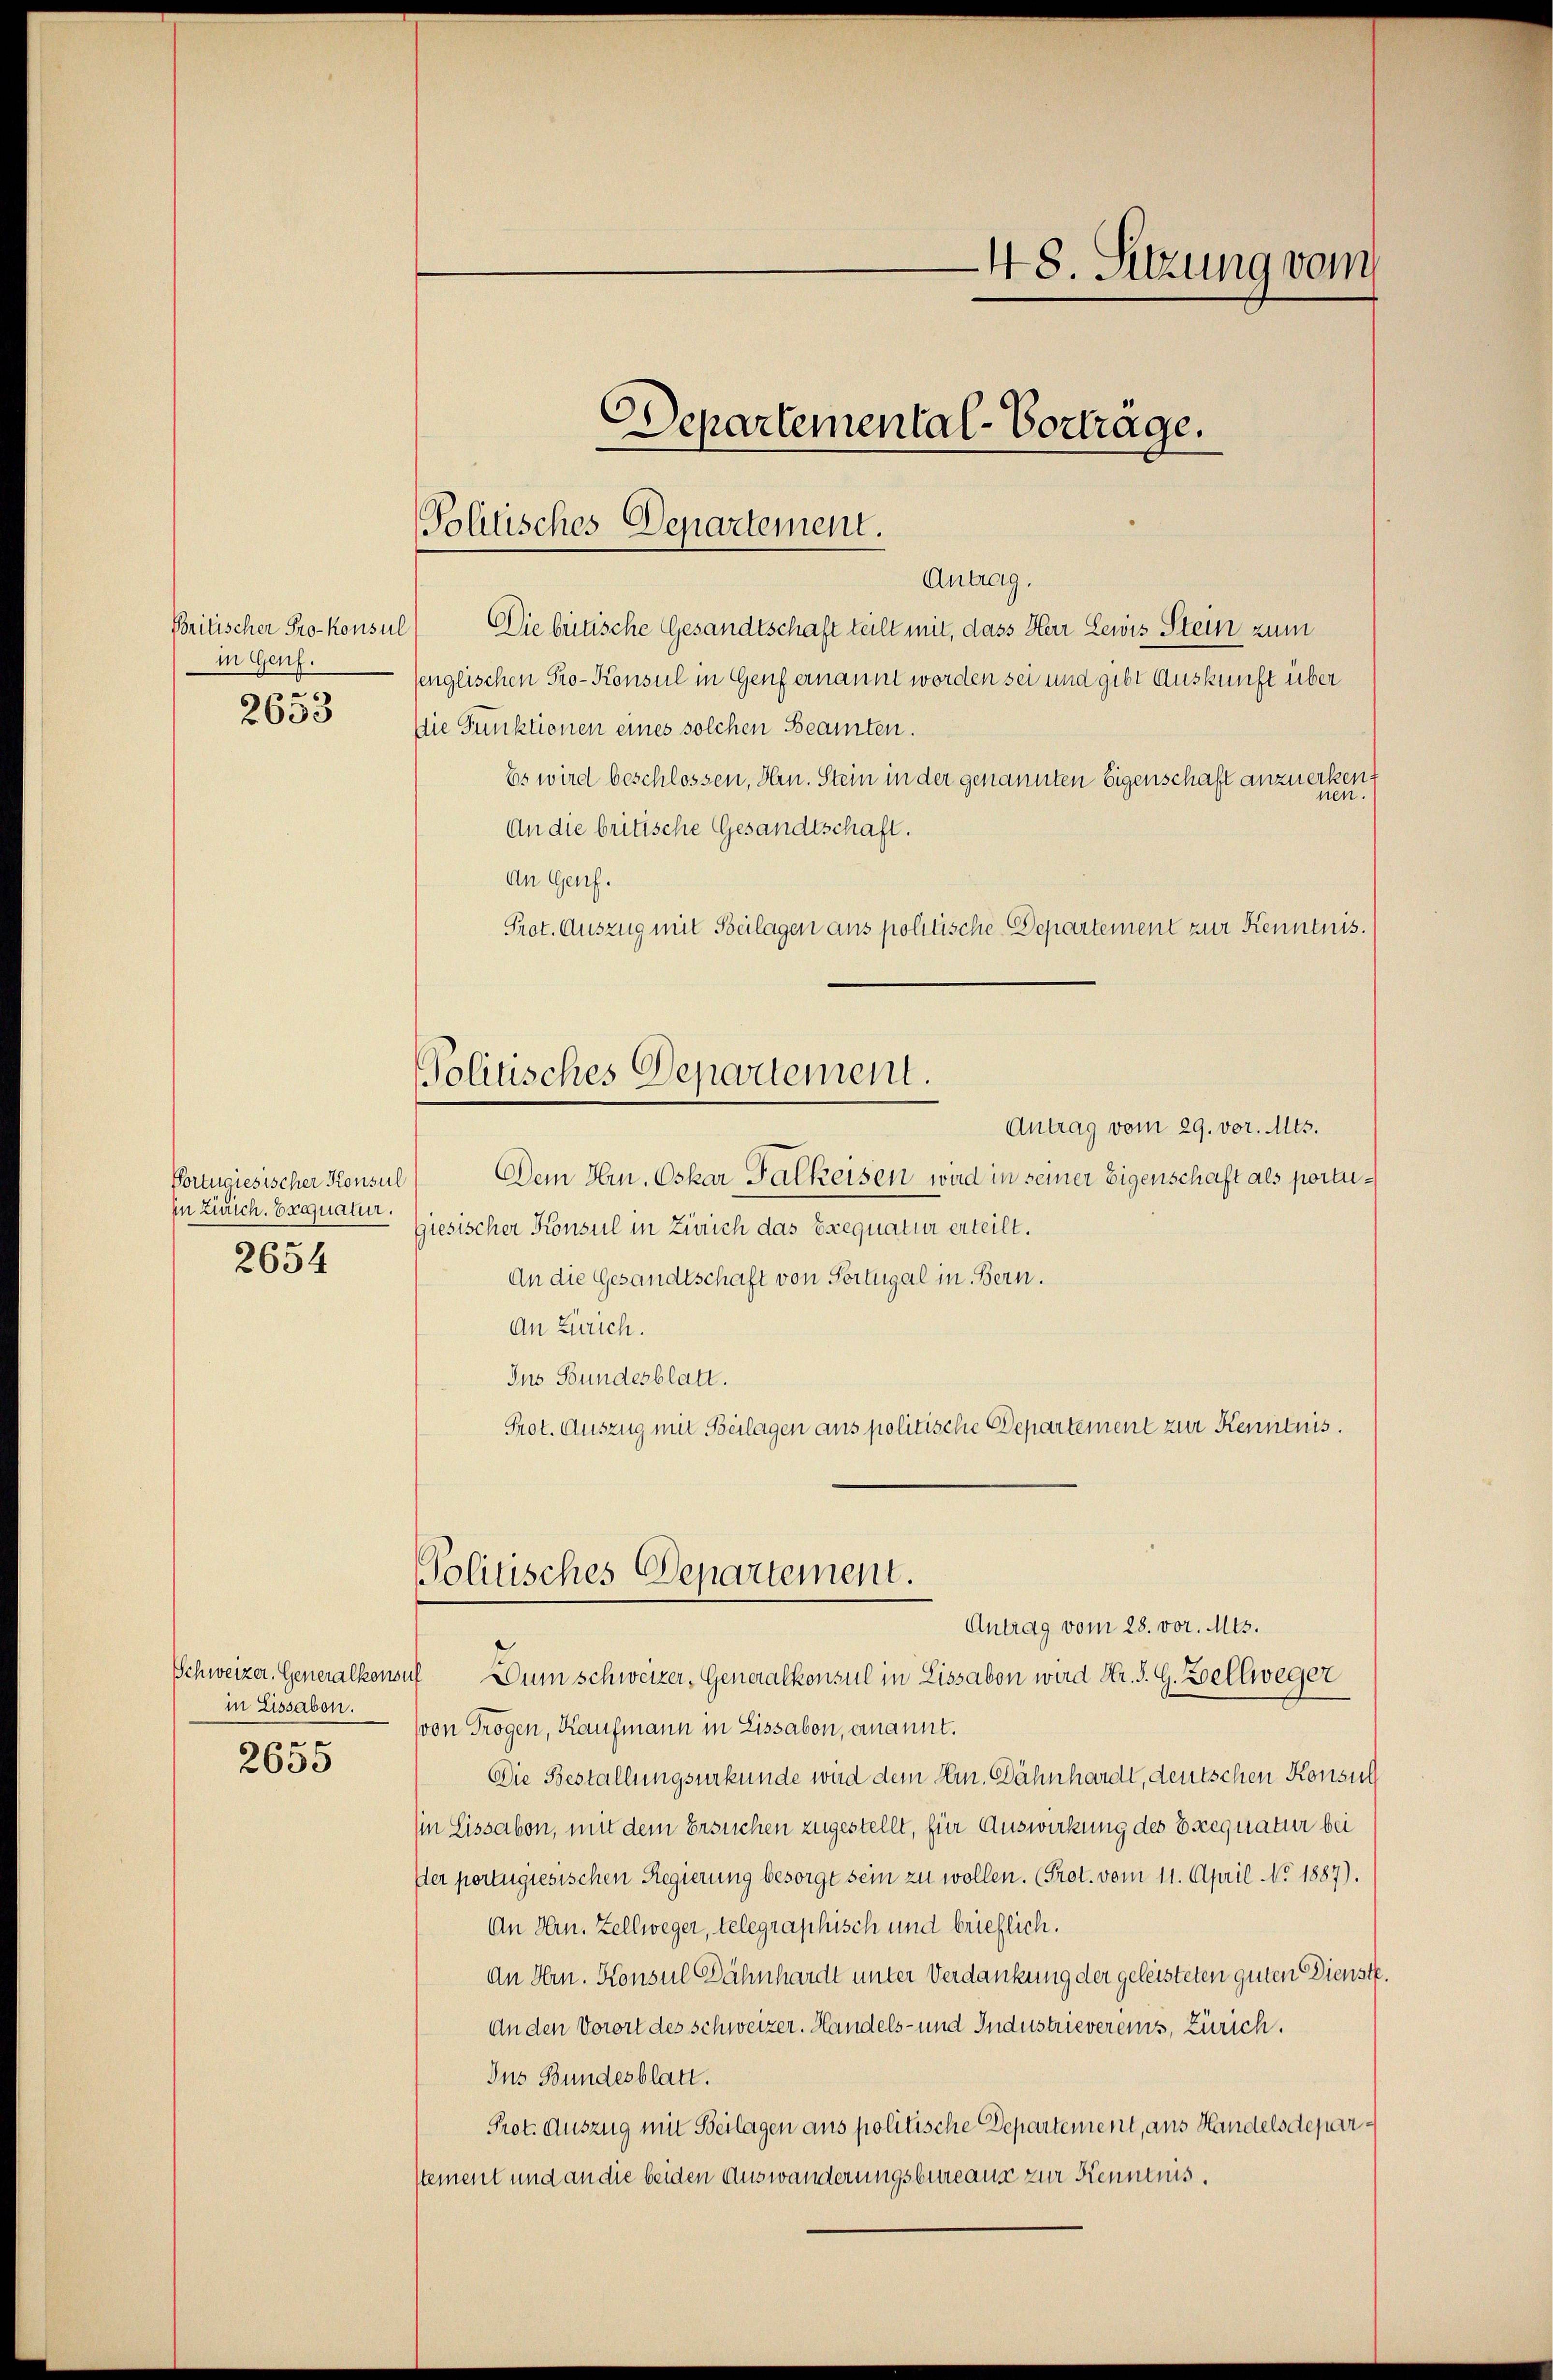
Britischer Pro-konsul
in Genf.
.
2633

Portugiesischer Konsul
in Zürich. Ergnatur.
re
2634

Schweizer. Generalkonsu
in Eissabon.
90

2635

Politisches Departement.

48. Sitzung vom

Departemental-Vortrage.

Antrag.
Die beitische Gesandtschaft teilt mit, dass Herr Lewis Stein zum
englischen Pro- Konsul in Genf ernannt worden sei und gibt Auskunft über
Die Punktionen eines solchen Beamten.
Es wird beschlossen, Hrn. Stein in der genannten Eigenschaft anzuerken.
An die britische Gesandtschaft.
An Genf.
Prot. Auszug mit Beilagen aus politische Departement zur Kenntnis.
Antrag vom 29. vor. Mts.
Dem Hrn. Oskar Falkeisen wird in seiner Eigenschaft als portugiesischer Konsul in Zürich das Exequatur erteilt.
An die Gesandtschaft von Portugal in Bern.
An Zürich.
Ins Bundesblatt.
Prot. Auszug mit Beilagen ans politische Departement zur Kenntnis.
Politisches Departement.
Antrag vom 28. vor. Mts.
Dum schweizer, Generalkonsul in Lissabon wird Hr. S. G. Zellweger
von Trogen, Kaufmann in Eissabon, ernannt.
Die Bestallungsurkunde wird dem Hrn. Dähnhardt, deutschen Konsu
in Lissabon, mit dem Ersuchen zugestellt, für Auswirkung des Exequatur bei
ter portugiesischen Regierung besorgt sein zu wollen. (Prot. vom 11. April No 1887).
An Hrn. Zellweger, telegraphisch und brieflich.
An Hrn. Konsul Dähnhardt unter Verdankung der geleisteten guten Dienste.
An den Vorort des Schweizer. Handels- und Industrievereins, Zürich.
Ins Bundesblatt.
Prot. Auszug mit Beilagen aus politische Departement, aus Handelsdepartement und an die beiden Auswanderungsbureaus zur Kenntnis.

Politisches Departement.